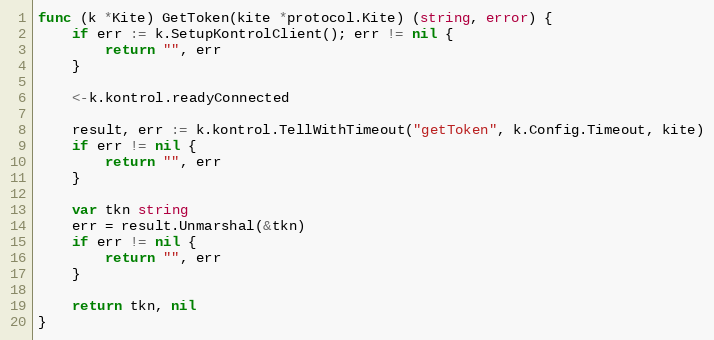
Language: Go
func (k *Kite) GetToken(kite *protocol.Kite) (string, error) {
	if err := k.SetupKontrolClient(); err != nil {
		return "", err
	}

	<-k.kontrol.readyConnected

	result, err := k.kontrol.TellWithTimeout("getToken", k.Config.Timeout, kite)
	if err != nil {
		return "", err
	}

	var tkn string
	err = result.Unmarshal(&tkn)
	if err != nil {
		return "", err
	}

	return tkn, nil
}